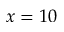
x = 1 0